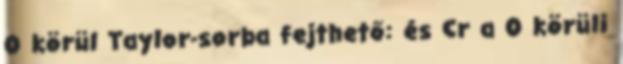
0 körül Taylor-sorba fejthető: és Cr a 0 körüli